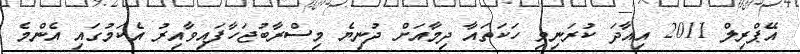
އޭޕްރިލް 2011 އިއާދަ ކުރަނިވި ހަކަތައާ ދިމާއަށް ދުނިޔެ މިސްރާބުޖަހާފައިވާއިރު އެކަމުގައި އެންމެ